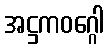
အဋ္ဌကဝဂ္ဂေါ